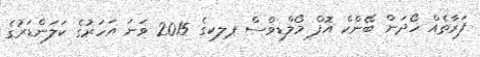
ފަރާތެއް ހޯދަން ބޭންކް އޮފް މޯލްޑިވްސް ޕލކގެ 2015 ވަނަ އަހަރުގެ ކަަލަންޑަރުގެ